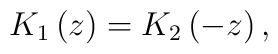
K_{1}\left( z\right) =K_{2}\left( -z\right) ,